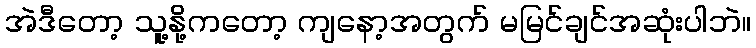
အဲဒီတော့ သူ့နို့ကတော့ ကျနော့အတွက် မမြင်ချင်အဆုံးပါဘဲ။